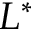
L ^ { * }